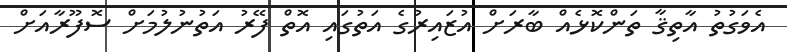
އެވަގުތު އާތިޤާ ތަންކޮޅެއް ބާރަށް އުޒައިރުގެ އަތުގައި އޮތް ފޭރު އަތުނުލުމަށް ސޮފޫރާއަށް